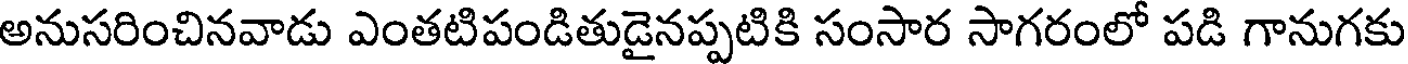
అనుసరించినవాడు ఎంతటిపండితుడైనప్పటికి సంసార సాగరంలో పడి గానుగకు